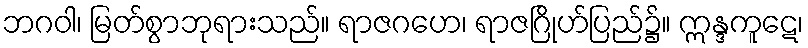
ဘဂဝါ၊ မြတ်စွာဘုရားသည်။ ရာဇဂဟေ၊ ရာဇဂြိုဟ်ပြည်၌။ ဣန္ဒကူဋေ၊